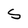
Character: S